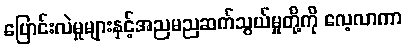
ပြောင်းလဲမှုများနှင့်အညမညဆက်သွယ်မှုတို့ကို လေ့လာကာ